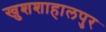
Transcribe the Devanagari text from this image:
खुशशाहालपुर